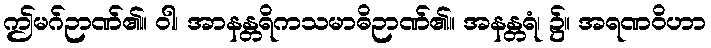
ဤမဂ်ဉာဏ်၏။ ဝါ၊ အာနန္တရိကသမာဓိဉာဏ်၏။ အနန္တရံ၊ ၌။ အရဏဝိဟာ